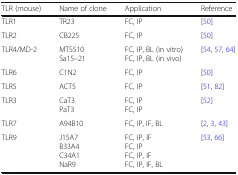
| TLR (mouse) | Name of clone | Application | Reference |
 | --- | --- | --- | --- |
 | TLR1 | TR23 | FC, IP | [50] |
 | TLR2 | CB225 | FC, IP | [50] |
 | TLR4/MD-2 | MTS510Sa15–21 | FC, IP, BL (in vitro)FC, IP, BL (in vivo) | [54, 57, 64] |
 | TLR6 | C1N2 | FC, IP | [50] |
 | TLR5 | ACT5 | FC, IP | [51, 82] |
 | TLR3 | CaT3PaT3 | FC, IPFC, IP | [52] |
 | TLR7 | A94B10 | FC, IP, IF, BL | [2, 3, 43] |
 | TLR9 | J15A7B33A4C34A1NaR9 | FC, IP, IFFC, IPFC, IP, IFFC, IP, IF, BL | [53, 66] |